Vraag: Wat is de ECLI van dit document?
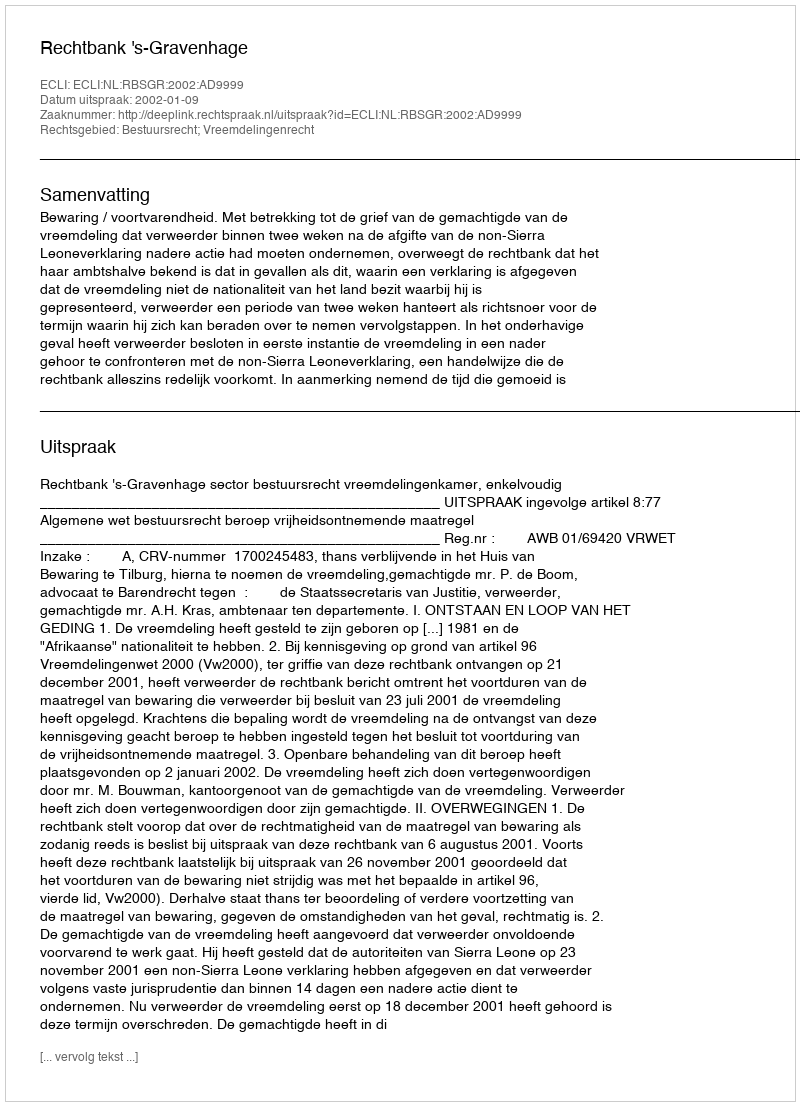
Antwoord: ECLI:NL:RBSGR:2002:AD9999